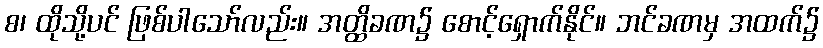
စ၊ ထိုသို့ပင် ဖြစ်ပါသော်လည်း။ အတ္ထိခဏ၌ စောင့်ရှောက်နိုင်။ ဘင်ခဏမှ အထက်၌